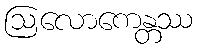
ဩလောကေန္တဿ